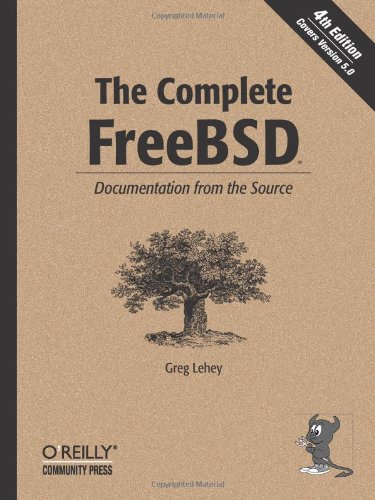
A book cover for The Complete FreeBSD: Documentation from the Source; Greg Lehey; Computers & Technology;